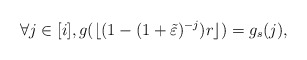
\begin{align*}\forall j \in [i], g(\lfloor ( 1 - ( 1 + \tilde \varepsilon)^{-j})r \rfloor ) = g_s(j),\end{align*}